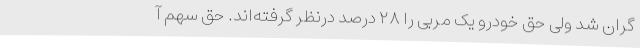
گران شد ولی حق خودرو یک مربی را ۲۸ درصد درنظر گرفته‌اند. حق سهم آ